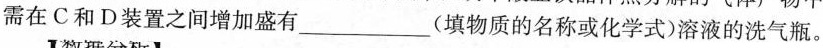
需在C和D装置之间增加盛有___(填物质的名称或化学式)溶液的洗气瓶。